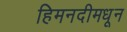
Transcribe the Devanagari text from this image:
हिमनदीमधून